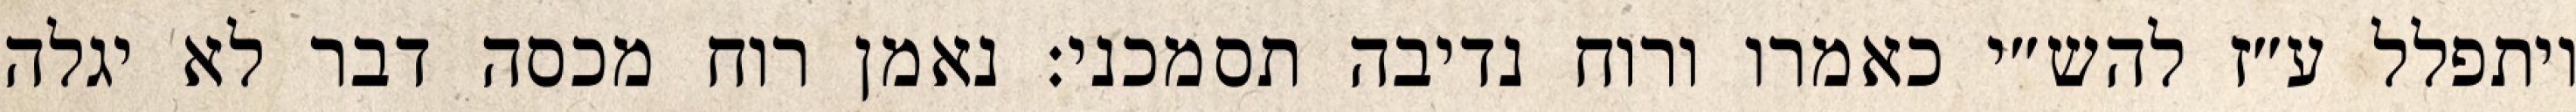
ויתפלל ע״ז להש״י כאמרו ורוח נדיבה תסמכני: נאמן רוח מכסה דבר לא יגלה